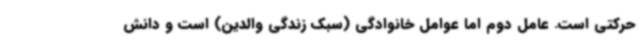
حرکتی است. عامل دوم اما عوامل خانوادگی (سبک زندگی والدین) است و دانش